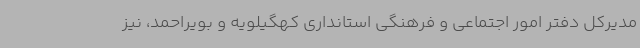
مدیرکل دفتر امور اجتماعی و فرهنگی استانداری کهگیلویه و بویراحمد، نیز